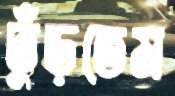
ঢুঁড়তেম